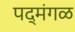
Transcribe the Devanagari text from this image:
पद्मंगळ